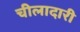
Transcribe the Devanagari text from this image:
चीलादारी